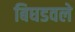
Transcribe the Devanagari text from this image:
बिघडवले